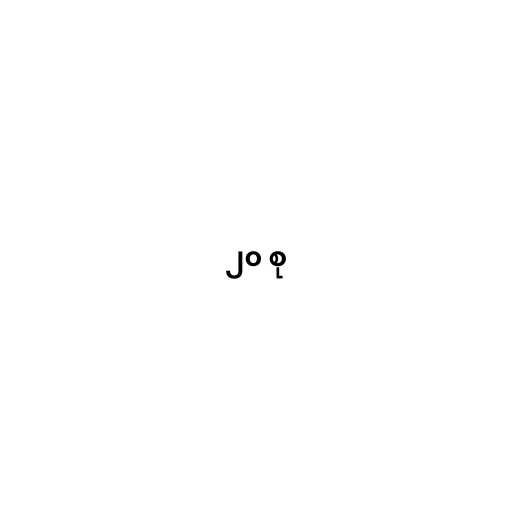
၂၀ စု